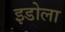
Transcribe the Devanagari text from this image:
इडोला